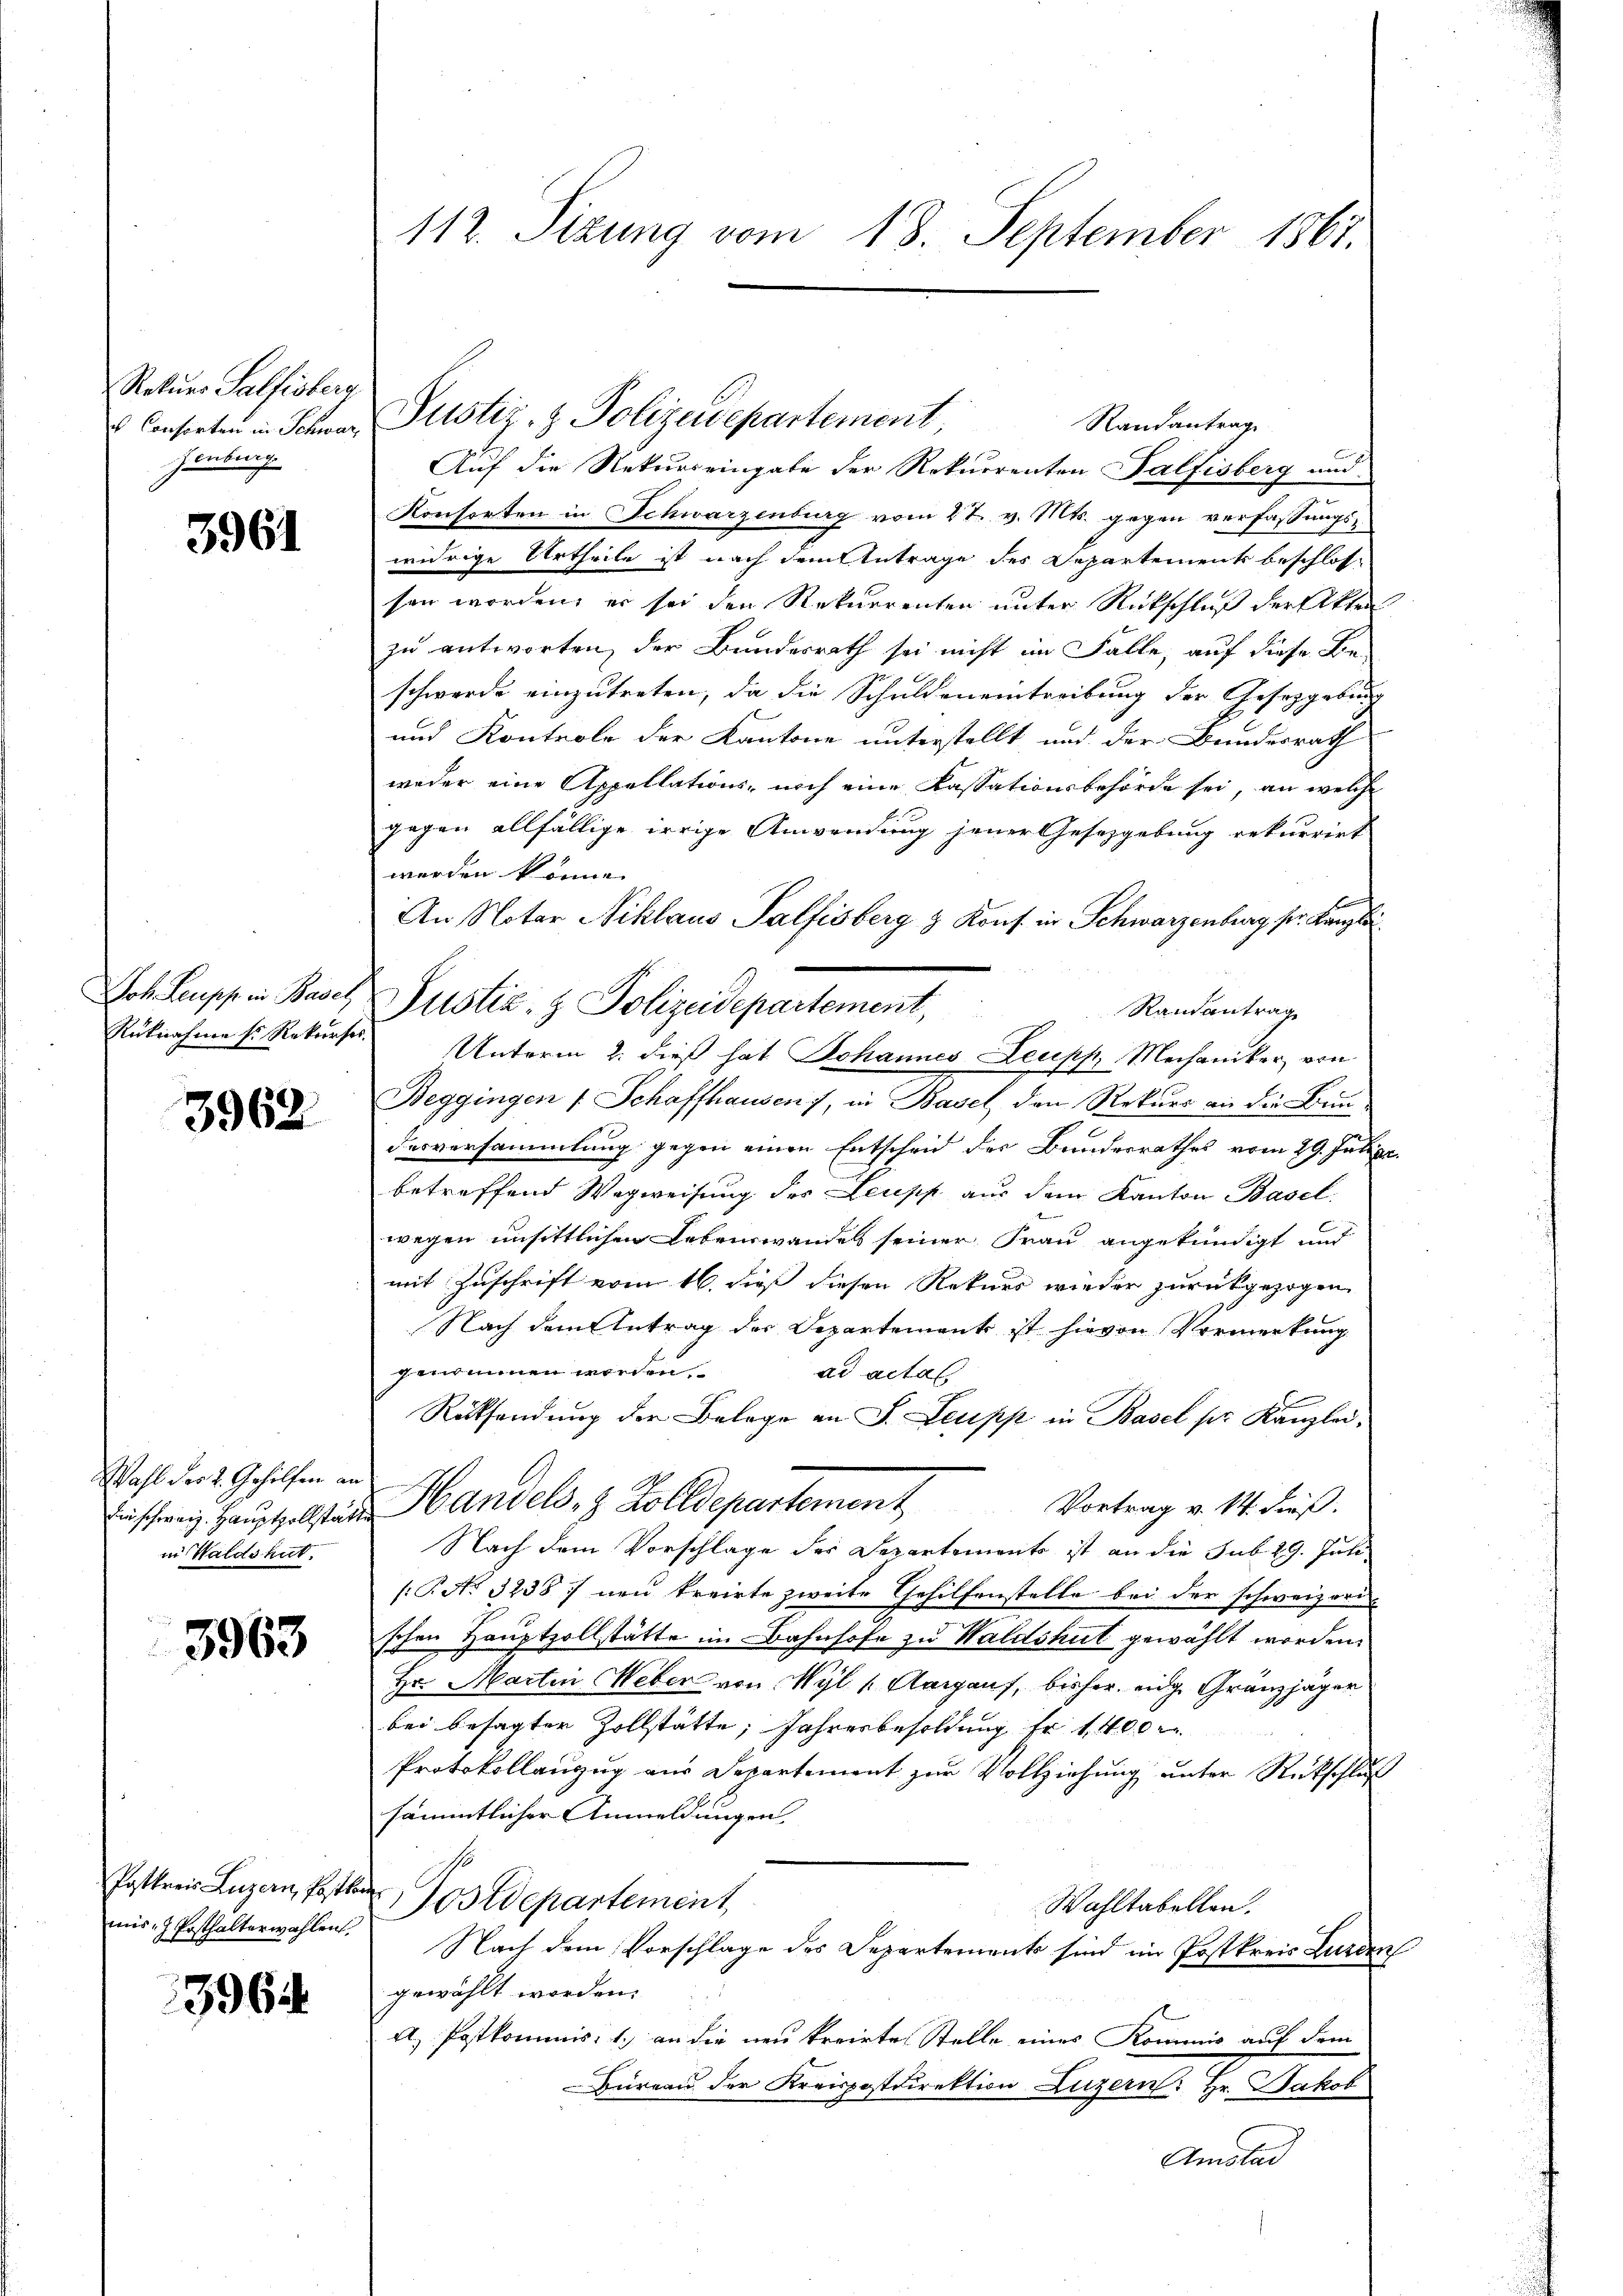
Rekurs Salfisberg
 Consorten in Schwarz
Haubung

3961

Joh. Leupp in Basel
Rüknahme sr. Rekurses.

3962

Wahl der 2. Gehilfen an
die schweiz. Hauptzollstät
in Waldshut.

3963

Paskuris Luzern, Postk
mis J. Posthalterwahlen

3964.

112. Sizung vom 18. September 1867.

Auf die Rekurseingabe der Rekurrenten Palfisberg und
Konsorten in Schwarzenburg vom 27. v. Mts. gegen verfassungswidrige Urtheile ist nach dem Antrage des Departement beschlossen worden, er sei den Rekurrenten unter Rückschluß der Akten
zu antworten, der Bundesrath sei nicht im Falle, auf diese Be-
schwerde einzutreten, da die Schuldeneintreibung der Gesetzgebung
und Kontrole der Kantone unterstellt, und der Bundesrath
weder eine Appellations- noch eine Kassationsbehörde sei, an welche
gegen allfällige irrige Anwendung jener Gesetzgebung rekurrirt
werden könne.
An Notar Niklaus Palfisberg & Kons. in Schwarzenburg pr. Kanzlei
Justiz- & Polizeidepartement,
Randantrag
Beggingen 1 Schaffhausen), in Basel, den Rekurs an die Bun
Dasversammlung gegen einen Entscheid der Bundesrathes vom 29. Julier.
betreffend Wegweisung der Leupp aus dem Kanton Basel
wegen unsittlichen Lebenswandes seiner Frau angekündigt und
mit Zuschrift vom 16. dieß diesen Rekurs wieder zurückgezogen
Nach dem Antrag der Departement ist hievon Vormerkung
genommen worden.
ad actat
Rüksendung der Belege an S. Leupp in Basel pr. Kanzlei,
Handels- & Zolldepartement
Vortrag v. 14. dieß.
Nach dem Vorschlage des Departements ist an die sub 29. Juli
(P No. 3238. neu kreirte zweite Gehilfenstelle bei der schweizerischen Hauptzollstätte im Bahnhofe zu Waldshut gewählt worden.
Hr. Marten Weber von Wyl (Aargauf, bisher eige Granzjäger
bei besagter Zollstätte, Jahresbesoldung fr. 1400
Protokollanzug aus Departement zur Vollziehung unter Rückschluß
sämmtlicher Anmeldungen
Postdepartement
Wahltabellen.
Nach dem Vorschlage des Departements sind im Postkreis wurden
gewählt worden.
A. Postkommnis: 1.) an die neu kreiete Stelle eines Kommis auf dem
Büreau der Kreispostdirektion Luzern: Hr. Bakob
Amstad

Justiz- & Polizeidepartement,

Unterm 2. dieß hat Johannes Leupp, Mechaniker von

Randantrag